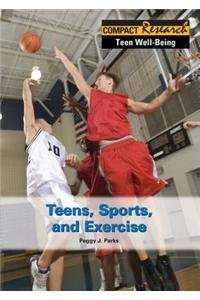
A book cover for Teens, Sports, and Exercise (Compact Research: Teen Well-Being); Peggy Parks; Teen & Young Adult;